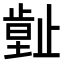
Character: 𣦙